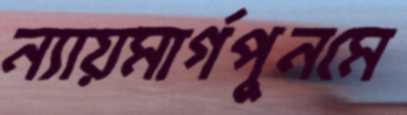
ন্যায়মার্গপুনমে